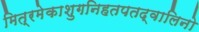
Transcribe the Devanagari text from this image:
मित्रमेकाशुगनिहतपतद्वालिनो